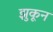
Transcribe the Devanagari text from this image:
झुकून